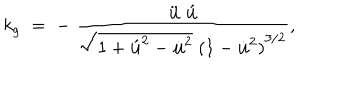
k _ { g } \; = \; - \; \frac { \ddot { \bf u } \; \acute { \bf u } } { \sqrt { 1 + { \acute { \bf u } } ^ { 2 } - { \dot { \bf u } } ^ { 2 } } \; { ( 1 - { \dot { \bf u } } ^ { 2 } ) } ^ { 3 / 2 } } ,